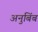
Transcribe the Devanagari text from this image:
अनुबिंब